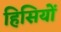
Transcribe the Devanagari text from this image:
हिसियों